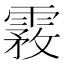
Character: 霚